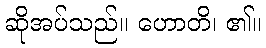
ဆိုအပ်သည်။ ဟောတိ၊ ၏။